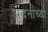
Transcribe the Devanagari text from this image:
अदनाच्या